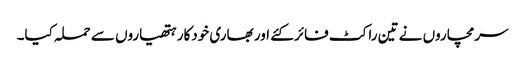
سرمچاروں نے تین راکٹ فائر کئے اور بھاری خودکار ہتھیاروں سے حملہ کیا۔